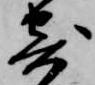
寄